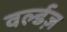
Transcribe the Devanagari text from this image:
वर्ल्डज़